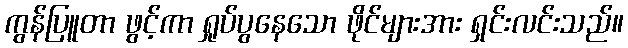
ကွန်ပြူတာ ဖွင့်ကာ ရှုပ်ပွနေသော ဖိုင်များအား ရှင်းလင်းသည်။